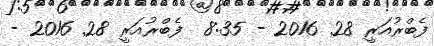
ފެބްރުއަރީ 28